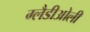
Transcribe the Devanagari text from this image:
ग्‍लैडीओली